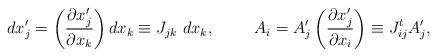
LaTeX: \begin{align*}d x'_j = \left( \frac{\partial x'_j}{\partial x_k} \right) d x_k \equiv J_{jk} \ d x_k,\hspace{1cm} A_i = A'_j \left( \frac{\partial x'_j} {\partial x_i} \right) \equiv J_{ij}^t A'_j,\end{align*}